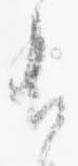
有